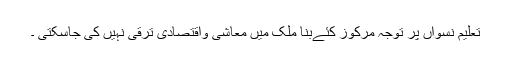
تعلیم نسواں پر توجہ مرکوز کئےبنا ملک میں معاشی واقتصادی ترقی نہیں کی جاسکتی ۔